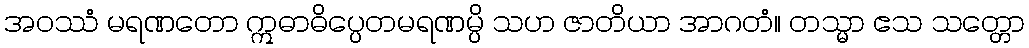
အဝဿံ မရဏတော ဣဓာဓိပ္ပေတမရဏမ္ပိ သဟ ဇာတိယာ အာဂတံ။ တသ္မာ ဧသ သတ္တော